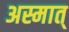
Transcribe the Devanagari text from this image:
अस्मात्‌